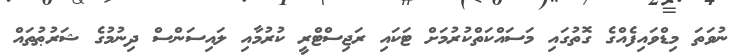
ނުވަތަ މިޑްވައިފެއްގެ ގޮތުގައި މަސައްކަތްކުރުމަށް ޓަކައި ރަޖިސްޓްރީ ކުރުމާއި ލައިސަންސް ދިނުމުގެ ޝަރުޠުތައް